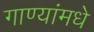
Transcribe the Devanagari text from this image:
गाण्यांमधे